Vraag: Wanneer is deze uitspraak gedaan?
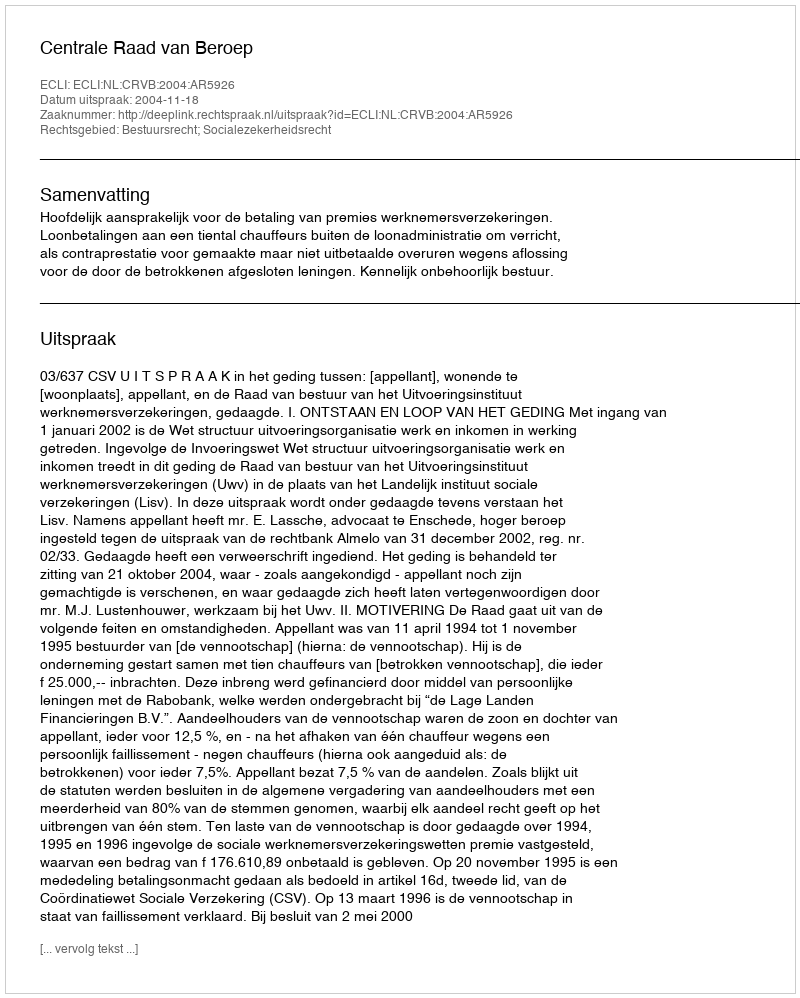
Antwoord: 2004-11-18